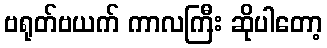
ဗရုတ်ဗယက် ကာလကြီး ဆိုပါတော့